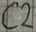
Text: C2